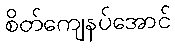
စိတ်ကျေနပ်အောင်